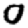
Digit: 0